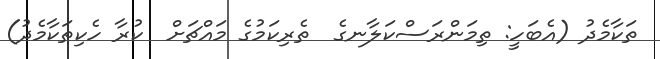
ތަކާމެދު (އެބަހީ: ތިމަންރަސްކަލާނގެ  ތެރިކަމުގެ މައްޗަށް  ކުރާ ހެކިތަކާމެދު)